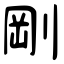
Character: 剛